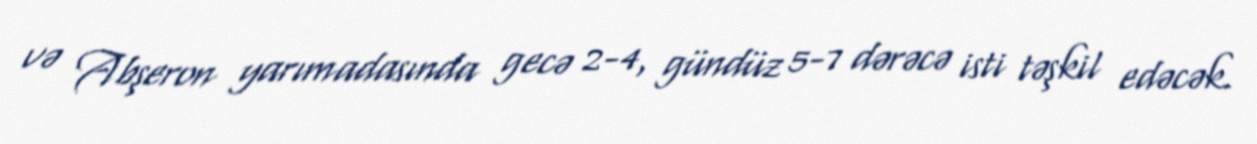
və Abşeron yarımadasında gecə 2-4, gündüz 5-7 dərəcə isti təşkil edəcək.